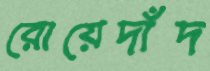
রোয়েদাঁদ